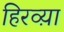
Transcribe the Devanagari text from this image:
हिरव्य़ा